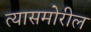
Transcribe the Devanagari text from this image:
त्यासमोरील